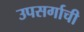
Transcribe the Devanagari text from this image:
उपसर्गाची